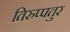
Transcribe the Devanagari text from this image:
तिरुप्पतुर